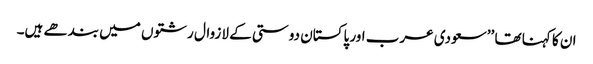
ان کا کہنا تھا ’’سعودی عرب اور پاکستان دوستی کے لازوال رشتوں میں بندھے ہیں۔